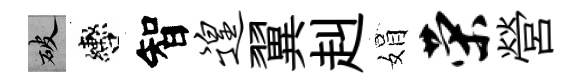
破轡智遑翼赳娟荣營